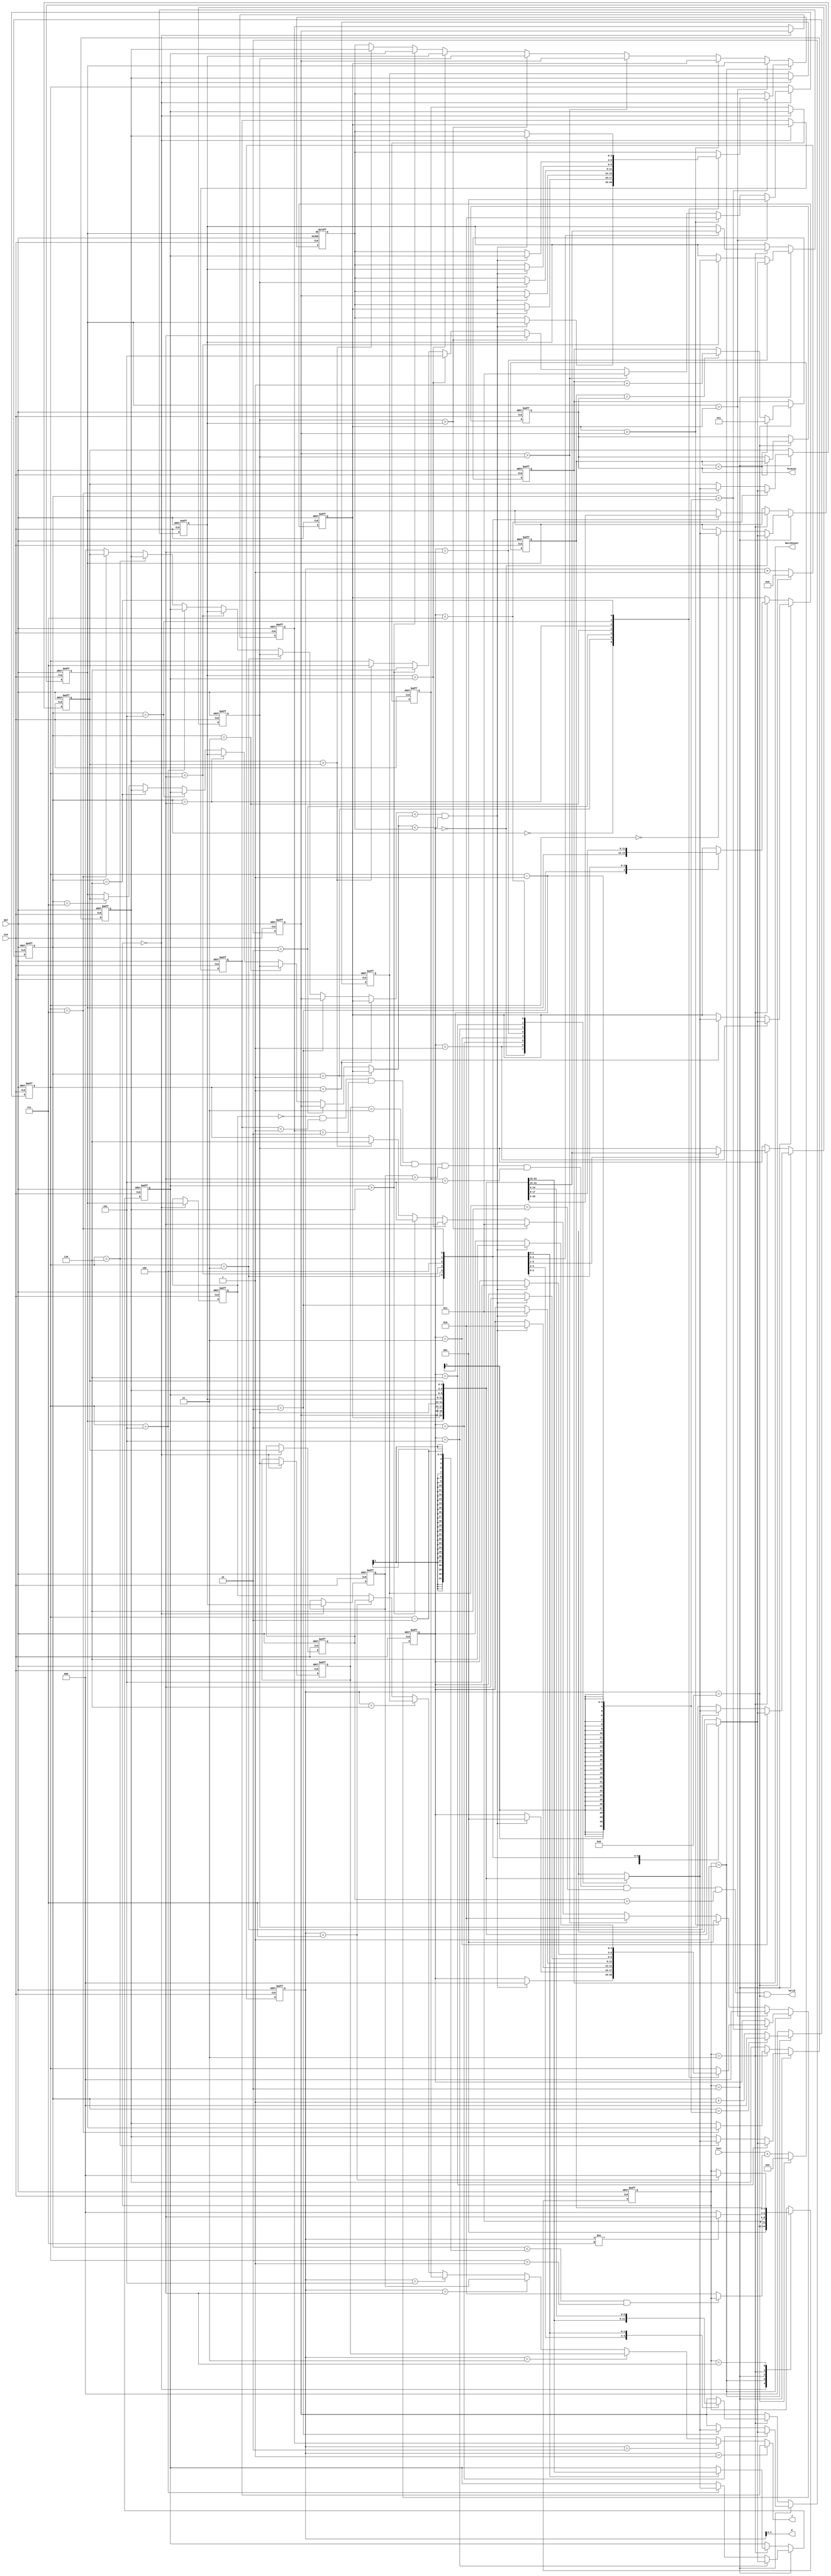
////////////////////////////////////////////////////////////////////////////////
//
// VERSION:   Verilog Simulation Architecture
//
////////////////////////////////////////////////////////////////////////////////
//
// ABSTRACT:  IC contest 2022
// DESIGN VERSION: 3
// DESCRIPITON: cycle = 362884
//              area  = 7512.692390
// MODIFIED: 8array
//           load_computecompare
//           stateidle state
// NOTE: reset signal(RST)reset
//       MatchCountDFFRST
//
//------------------------------------------------------------------------------

module JAM (
input CLK,
input RST,
output reg [2:0] W,
output reg [2:0] J,
input [6:0] Cost,
output reg [3:0] MatchCount,
output reg [9:0] MinCost,
output reg Valid );

//cycle == 362884
reg [2:0] state ;
reg [2:0] next_state ;
reg [2:0] counter0 ;
reg [3:0] counter1 ;
reg [2:0] se0 [0:7] ; //sequence to permutation
reg [2:0] se1 [0:7] ; //sequence to load value
reg [2:0] change_point ;
reg [2:0] search_point ;
reg [2:0] value ;
reg [9:0] sum_reg ;
reg [2:0] R0 ,R1 ,R2 ,R3 ,R4 ,R5 ,R6 ,L0 ,L1 ,L2 ,L3 ,L4 ,L5 ,L6 ;

wire last ;
	assign last = ((se1[0] == 0) &&
				   (se1[1] == 1) && 
				   (se1[2] == 2) && 
				   (se1[3] == 3) && 
				   (se1[4] == 4) && 
				   (se1[5] == 5) && 
				   (se1[6] == 6) && 
				   (se1[7] == 7)) ;

wire [2:0] change_value ;
	assign change_value = (change_point == 1) ? se0[1] :
						  ((change_point == 2) ? se0[2] :
						  ((change_point == 3) ? se0[3] :
						  ((change_point == 4) ? se0[4] :
						  ((change_point == 5) ? se0[5] :
						  ((change_point == 6) ? se0[6] :
						  ((change_point == 7) ? se0[7] : 0)))))) ;

wire [2:0] search_value ;
	assign search_value = (counter0 == 1) ? se0[1] :
						  ((counter0 == 2) ? se0[2] :
						  ((counter0 == 3) ? se0[3] :
						  ((counter0 == 4) ? se0[4] :
						  ((counter0 == 5) ? se0[5] :
						  ((counter0 == 6) ? se0[6] :
						  ((counter0 == 7) ? se0[7] : se0[0])))))) ;

wire [2:0] load_value ;
	assign load_value = (counter1 == 1) ? se1[1] :
						  ((counter1 == 2) ? se1[2] :
						  ((counter1 == 3) ? se1[3] :
						  ((counter1 == 4) ? se1[4] :
						  ((counter1 == 5) ? se1[5] :
						  ((counter1 == 6) ? se1[6] :
						  ((counter1 == 7) ? se1[7] : se1[0])))))) ;

wire [9:0] sum ;
	assign sum = Cost + sum_reg ;

///////////////////////////////////////////////////////////////////////////////////////////////////////////////////
//                                             comparator                                                        //
///////////////////////////////////////////////////////////////////////////////////////////////////////////////////
wire comparefunc0 ;
	assign comparefunc0 = R0 > L0 ;

wire comparefunc1 ;
	assign comparefunc1 = R1 > L1 ;

wire comparefunc2 ;
	assign comparefunc2 = R2 > L2 ;

wire comparefunc3 ;
	assign comparefunc3 = R3 > L3 ;

wire comparefunc4 ;
	assign comparefunc4 = R4 > L4 ;

wire comparefunc5 ;
	assign comparefunc5 = R5 > L5 ;

wire comparefunc6 ;
	assign comparefunc6 = R6 > L6 ;

///////////////////////////////////////////////////////////////////////////////////////////////////////////////////
//                                            FSM parameters                                                     //
///////////////////////////////////////////////////////////////////////////////////////////////////////////////////
	localparam find    		= 0 ; //1 cycles && se0 to se1
	localparam search  		= 1 ; //max 6 cycles
	localparam change  		= 2 ; //1 cycle
	localparam inverse      = 3 ; //1 cycles
	localparam idle 		= 4 ; //? cycles
	localparam out 			= 5 ; //1 cycles
///////////////////////////////////////////////////////////////////////////////////////////////////////////////////
//                                                 FSM                                                           //
///////////////////////////////////////////////////////////////////////////////////////////////////////////////////
	//state
	always @ (posedge CLK ,posedge RST) begin
		if(RST)
			state <= 0 ;
		else
			state <= next_state ;
	end

	//next_state
	always @ (*) begin
		case(state)
			find : begin
					next_state = search ;
			end
			search : begin
				if((counter0 < change_point - 2) && (change_point > 1))
					next_state = state ;
				else
					next_state = change ;
			end
			change : begin
				next_state = inverse ;
			end
			inverse : begin
				if(counter1 != 7)
					next_state = idle ;
				else
					next_state = find ;
			end
			idle : begin
				if(counter1 == 7)
					next_state = find ;
				else
					next_state = state ;
			end
			default : next_state = state ;
		endcase
	end

	//counter0
	always @ (posedge CLK ,posedge RST) begin
		if (RST)
			counter0 <= 0 ;
		else begin
			case(state)
				find : begin
						counter0 <= 0 ;
				end
				search : begin
					if(counter0 == change_point - 1)
						counter0 <= 0 ;
					else
						counter0 <= counter0 + 1 ;
				end
				default : counter0 <= 0 ;
			endcase
		end
	end

	//counter1
	always @ (posedge CLK ,posedge RST) begin
		if(RST)
			counter1 <= 0 ;
		else if(counter1 == 8)
			counter1 <= 0 ;
		else
			counter1 <= counter1 + 1 ;
	end

	//W J
	always @ (*) begin
		W = counter1 ;
		J = load_value ;
	end

	//MatchCount MinCost
	always @ (posedge CLK ,posedge RST) begin
		if(RST) begin
			MinCost <= 'd1023 ;
			MatchCount <= 0 ;
		end
		else if(counter1 == 8) begin
			if(sum_reg < MinCost) begin
				MinCost <= sum_reg ;
				MatchCount <= 1 ;
			end
			else if(sum_reg == MinCost) begin
				MinCost <= MinCost ;
				MatchCount <= MatchCount + 1 ;
			end
			else begin
				MinCost <= MinCost ;
				MatchCount <= MatchCount ;
			end
		end
		else begin
			MinCost <= MinCost ;
			MatchCount <= MatchCount ;
		end
	end

	//out
	always @ (*) begin
		Valid = last && (counter1 == 8) ;
	end

///////////////////////////////////////////////////////////////////////////////////////////////////////////////////
//                                            main circuit                                                       //
///////////////////////////////////////////////////////////////////////////////////////////////////////////////////
	//change_point
	always @ (posedge CLK ,posedge RST) begin
		if(RST) begin
			change_point <= 1 ;
		end
		else if(state == find)begin
			if(comparefunc0)
				change_point <= 1 ;
			else if(comparefunc1)
				change_point <= 2 ;
			else if(comparefunc2)
				change_point <= 3 ;
			else if(comparefunc3)
				change_point <= 4 ;
			else if(comparefunc4)
				change_point <= 5 ;
			else if(comparefunc5)
				change_point <= 6 ;
			else if(comparefunc6)
				change_point <= 7 ;
			else
				change_point <= change_point ;
		end
		else begin
			change_point <= change_point ;
		end
	end

	//R L
	always @ (*) begin
			R0 = se0[0] ;
			L0 = se0[1] ;
			R1 = se0[1] ;
			L1 = se0[2] ;
			R2 = se0[2] ;
			L2 = se0[3] ;
			R3 = se0[3] ;
			L3 = se0[4] ;
			R4 = se0[4] ;
			L4 = se0[5] ;
			R5 = se0[5] ;
			L5 = se0[6] ;
			R6 = se0[6] ;
			L6 = se0[7] ;
	end
	
	//search point & value
	always @ (posedge CLK ,posedge RST) begin
		if(RST) begin
			search_point <= 0 ;
			value <= se0[0] ;
		end
		else if(state == search) begin
			if(counter0 < (change_point - 1))begin
				case(counter0)
					0 : begin 
							if((change_value < search_value) && (search_value < value)) begin
								search_point <= 0 ;
								value <= se0[0] ;
							end
							else begin
								search_point <= search_point ;
								value <= value ;
							end
						end
					1 : begin
							if((change_value < search_value) && (search_value < value)) begin
								search_point <= 1 ;
								value <= se0[1] ;
							end
							else begin
								search_point <= search_point ;
								value <= value ;
							end
						end
					2 : begin
							if((change_value < search_value) && (search_value < value)) begin
								search_point <= 2 ;
								value <= se0[2] ;
							end
							else begin
								search_point <= search_point ;
								value <= value ;
							end
						end
					3 : begin
							if((change_value < search_value) && (search_value < value)) begin
								search_point <= 3 ;
								value <= se0[3] ;
							end
							else begin
								search_point <= search_point ;
								value <= value ;
							end
						end
					4 : begin
							if((change_value < search_value) && (search_value < value)) begin
								search_point <= 4 ;
								value <= se0[4] ;
							end
							else begin
								search_point <= search_point ;
								value <= value ;
							end
						end
					5 : begin
							if((change_value < search_value) && (search_value < value)) begin
								search_point <= 5 ;
								value <= se0[5] ;
							end
							else begin
								search_point <= search_point ;
								value <= value ;
							end
						end
					6 : begin
							if((change_value < search_value) && (search_value < value)) begin
								search_point <= 6 ;
								value <= se0[6] ;
							end
							else begin
								search_point <= search_point ;
								value <= value ;
							end
						end
					default : begin 
								search_point <= change_point ;
								value <= value ;
							end
				endcase	
			end
			else begin
				search_point <= search_point ;
				value <= value ;
			end
		end
		else begin
			if(comparefunc0) begin
				search_point <= 0 ;
				value <= se0[0] ;
			end
			else if(comparefunc1) begin
				search_point <= 1 ;
				value <= se0[1] ;
			end
			else if(comparefunc2) begin
				search_point <= 2 ;
				value <= se0[2] ;
			end
			else if(comparefunc3) begin
				search_point <= 3 ;
				value <= se0[3] ;
			end
			else if(comparefunc4) begin
				search_point <= 4 ;
				value <= se0[4] ;
			end
			else if(comparefunc5) begin
				search_point <= 5 ;
				value <= se0[5] ;
			end
			else if(comparefunc6) begin
				search_point <= 6 ;
				value <= se0[6] ;
			end
			else begin
				search_point <= change_point ;
				value <= value ;
			end
		end
	end

	//se0
	always @ (posedge CLK ,posedge RST) begin
		if(RST) begin
			se0[0] <= 7 ;
			se0[1] <= 6 ;
			se0[2] <= 5 ;
			se0[3] <= 4 ;
			se0[4] <= 3 ;
			se0[5] <= 2 ;
			se0[6] <= 1 ;
			se0[7] <= 0 ;
		end
		else if(state == change) begin
			se0[change_point] <= se0[search_point] ;
			se0[search_point] <= se0[change_point] ;
		end
		else if(state == inverse) begin
			case(change_point)
				2 : begin
						se0[0] <= se0[1] ;
						se0[1] <= se0[0] ;
						se0[2] <= se0[2] ;
						se0[3] <= se0[3] ;
						se0[4] <= se0[4] ;
						se0[5] <= se0[5] ;
						se0[6] <= se0[6] ;
						se0[7] <= se0[7] ;
					end
				3 : begin
						se0[0] <= se0[2] ;
						se0[1] <= se0[1] ;
						se0[2] <= se0[0] ;
						se0[3] <= se0[3] ;
						se0[4] <= se0[4] ;
						se0[5] <= se0[5] ;
						se0[6] <= se0[6] ;
						se0[7] <= se0[7] ;
					end
				4 : begin
						se0[0] <= se0[3] ;
						se0[1] <= se0[2] ;
						se0[2] <= se0[1] ;
						se0[3] <= se0[0] ;
						se0[4] <= se0[4] ;
						se0[5] <= se0[5] ;
						se0[6] <= se0[6] ;
						se0[7] <= se0[7] ;
					end
				5 : begin
						se0[0] <= se0[4] ;
						se0[1] <= se0[3] ;
						se0[2] <= se0[2] ;
						se0[3] <= se0[1] ;
						se0[4] <= se0[0] ;
						se0[5] <= se0[5] ;
						se0[6] <= se0[6] ;
						se0[7] <= se0[7] ;
					end
				6 : begin
						se0[0] <= se0[5] ;
						se0[1] <= se0[4] ;
						se0[2] <= se0[3] ;
						se0[3] <= se0[2] ;
						se0[4] <= se0[1] ;
						se0[5] <= se0[0] ;
						se0[6] <= se0[6] ;
						se0[7] <= se0[7] ;
					end
				7 : begin
						se0[0] <= se0[6] ;
						se0[1] <= se0[5] ;
						se0[2] <= se0[4] ;
						se0[3] <= se0[3] ;
						se0[4] <= se0[2] ;
						se0[5] <= se0[1] ;
						se0[6] <= se0[0] ;
						se0[7] <= se0[7] ;
					end
				default : begin
							se0[0] <= se0[0] ;
							se0[1] <= se0[1] ;
							se0[2] <= se0[2] ;
							se0[3] <= se0[3] ;
							se0[4] <= se0[4] ;
							se0[5] <= se0[5] ;
							se0[6] <= se0[6] ;
							se0[7] <= se0[7] ;
						end
			endcase
		end
		else begin
			se0[0] <= se0[0] ;
			se0[1] <= se0[1] ;
			se0[2] <= se0[2] ;
			se0[3] <= se0[3] ;
			se0[4] <= se0[4] ;
			se0[5] <= se0[5] ;
			se0[6] <= se0[6] ;
			se0[7] <= se0[7] ;
		end
	end

	//se1
	always @ (posedge CLK ,posedge RST) begin
		if(RST) begin
			se1[0] <= 7 ;
			se1[1] <= 6 ;
			se1[2] <= 5 ;
			se1[3] <= 4 ;
			se1[4] <= 3 ;
			se1[5] <= 2 ;
			se1[6] <= 1 ;
			se1[7] <= 0 ;
		end
		else if(state == 0) begin
			se1[0] <= se0[0] ;
			se1[1] <= se0[1] ;
			se1[2] <= se0[2] ;
			se1[3] <= se0[3] ;
			se1[4] <= se0[4] ;
			se1[5] <= se0[5] ;
			se1[6] <= se0[6] ;
			se1[7] <= se0[7] ;
		end
		else begin
			se1[0] <= se1[0] ;
			se1[1] <= se1[1] ;
			se1[2] <= se1[2] ;
			se1[3] <= se1[3] ;
			se1[4] <= se1[4] ;
			se1[5] <= se1[5] ;
			se1[6] <= se1[6] ;
			se1[7] <= se1[7] ;
		end
	end

	//sum_reg
	always @ (posedge CLK ,posedge RST) begin
		if(RST)
			sum_reg <= 0 ;
		else if(counter1 == 8)
			sum_reg <= 0 ;
		else
			sum_reg <= sum ;
	end

endmodule